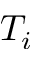
T _ { i }